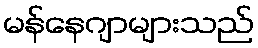
မန်နေဂျာများသည်